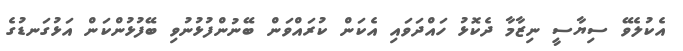
އެކުލެވޭ ސިޔާސީ ނިޒާމާ ދެކޮޅު ހައްދަވައި އެކަން ކުރައްވަން ބޭނުންފުޅުނުވި ބޭފުޅުންކަން އަޅުގަނޑުގެ